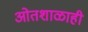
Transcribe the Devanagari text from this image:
ओतशाळाही